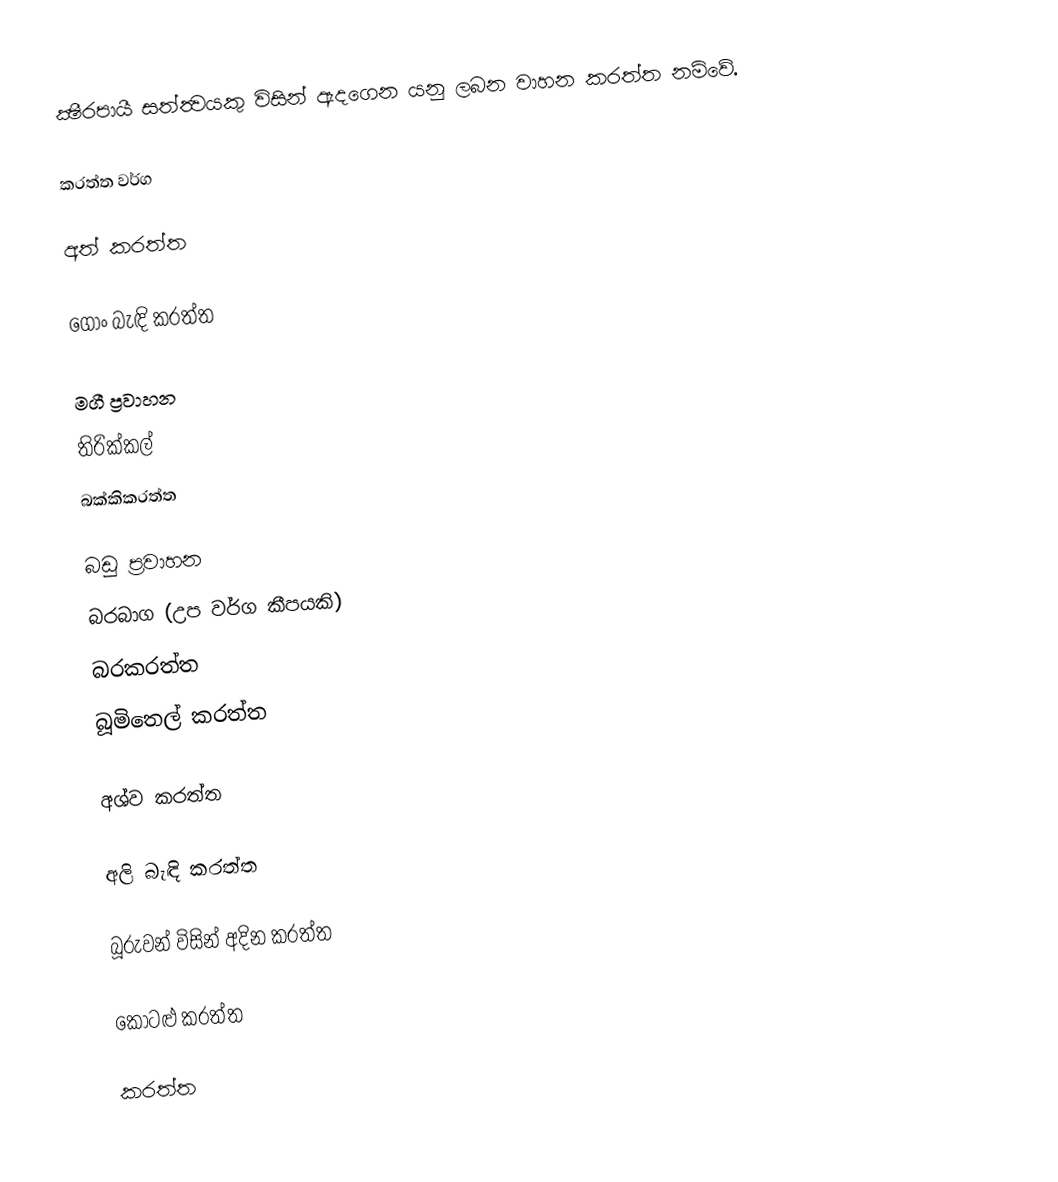
ක්‍ෂීරපායී සත්ත්‍ව‍‍‍යකු විසින් ඇදගෙන යනු ලබන වාහන කරත්ත නම්වේ.

කරත්ත වර්ග

අත් කරත්ත

ගොං බැඳි කරත්ත

මගී ප්‍රවාහන
 තිරික්කල්
 බක්කිකරත්ත

බඩු ප්‍රවාහන
 බරබාග (උප වර්ග කීපයකි)
 බරකරත්ත
 බූමිතෙල් කරත්ත

අශ්ව කරත්ත

අලි බැඳි කරත්ත

බූරුවන් විසින් අදින කරත්ත

කොටළු කරත්ත

කරත්ත